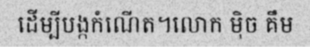
ដើម្បីបង្កកំណើត។លោក ម៉ិច គឹម